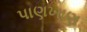
પાણખાણ